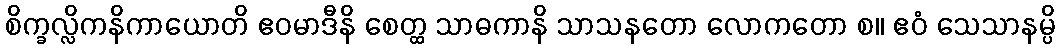
စိက္ခလ္လိကနိကာယောတိ ဧဝမာဒီနိ စေတ္ထ သာဓကာနိ သာသနတော လောကတော စ။ ဧဝံ သေသာနမ္ပိ